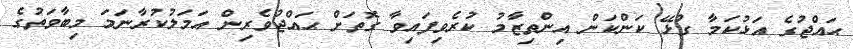
ޙައްޖުގެ އަޅުކަމާ ގުޅޭ ކަންކަން އިންތިޒާމު ކުރެވިފައިވާ ގޮތަށް ޙައްޖުވެރިން އަމަލުކުރާނަމަ މިބާވަތުގެ